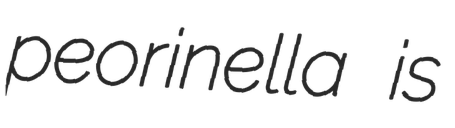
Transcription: peorinella is